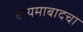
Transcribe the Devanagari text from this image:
दायमाबादचा